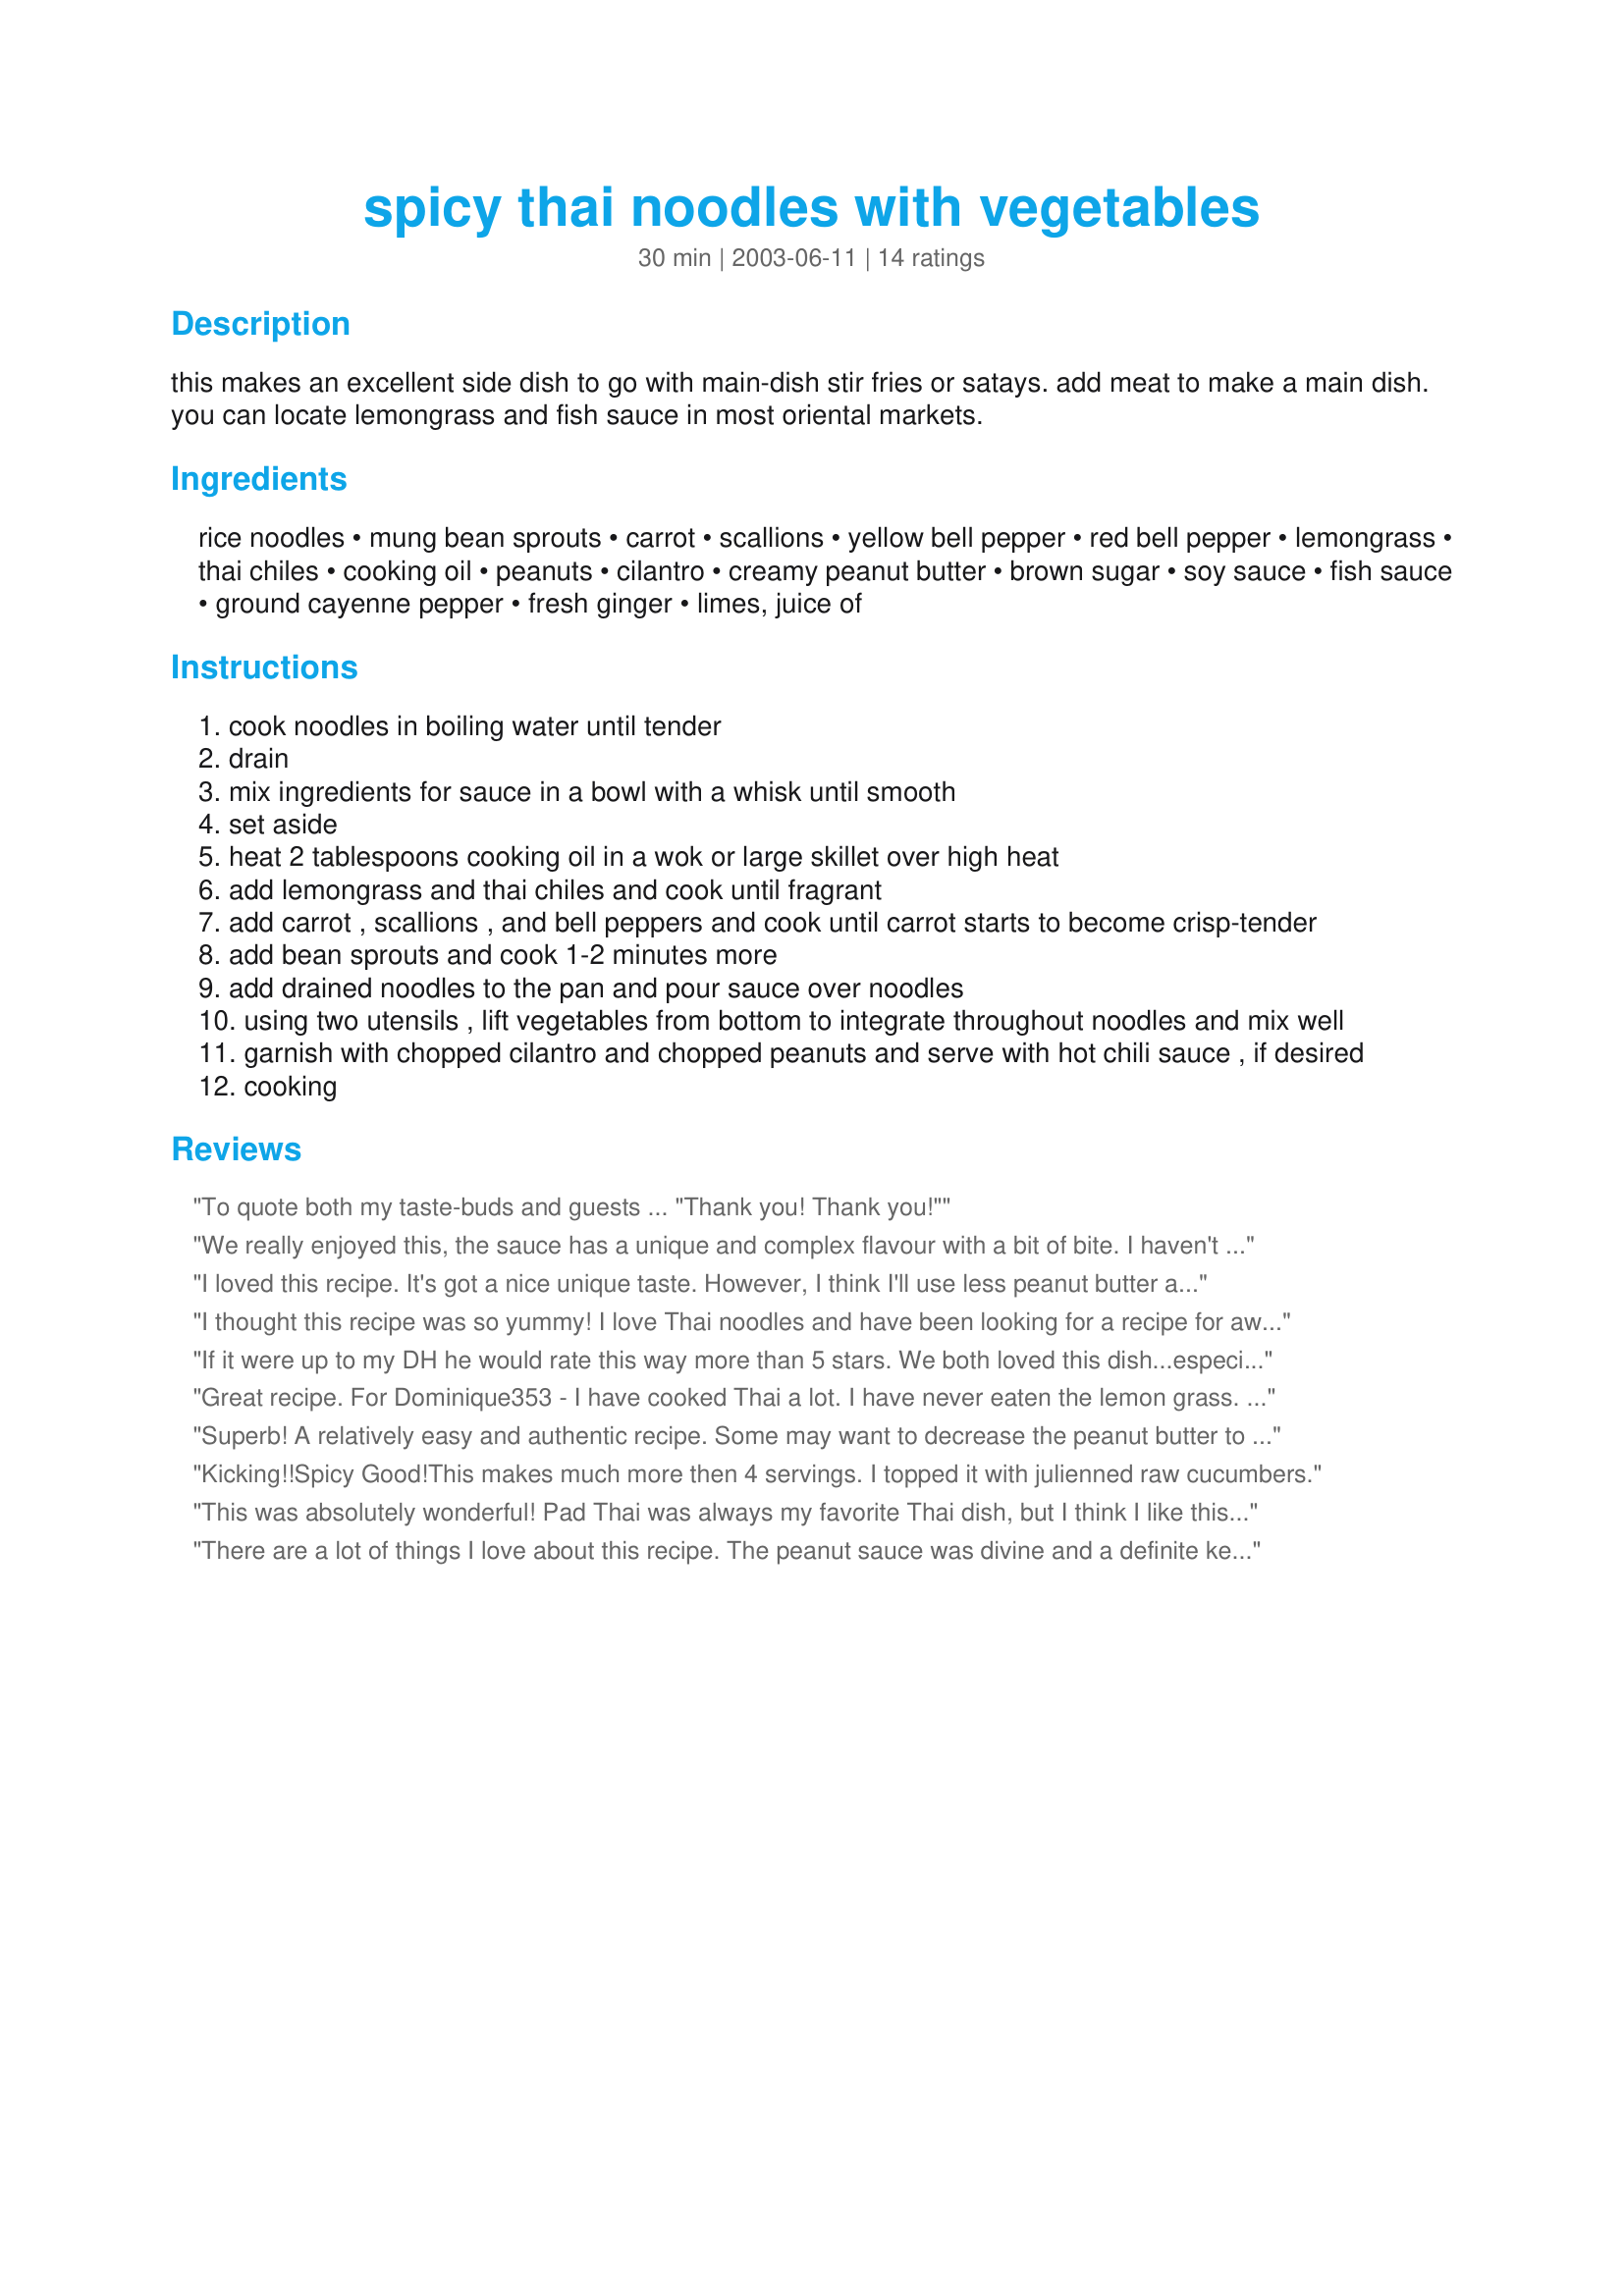
spicy thai noodles with vegetables
Preparation time: 30 minutes

this makes an excellent side dish to go with main-dish stir fries or satays. add meat to make a main dish. you can locate lemongrass and fish sauce in most oriental markets.

Ingredients:
rice noodles, mung bean sprouts, carrot, scallions, yellow bell pepper, red bell pepper, lemongrass, thai chiles, cooking oil, peanuts, cilantro, creamy peanut butter, brown sugar, soy sauce, fish sauce, ground cayenne pepper, fresh ginger, limes, juice of

Steps:
cook noodles in boiling water until tender
drain
mix ingredients for sauce in a bowl with a whisk until smooth
set aside
heat 2 tablespoons cooking oil in a wok or large skillet over high heat
add lemongrass and thai chiles and cook until fragrant
add carrot , scallions , and bell peppers and cook until carrot starts to become crisp-tender
add bean sprouts and cook 1-2 minutes more
add drained noodles to the pan and pour sauce over noodles
using two utensils , lift vegetables from bottom to integrate throughout noodles and mix well
garnish with chopped cilantro and chopped peanuts and serve with hot chili sauce , if desired
cooking

Reviews:
To quote both my taste-buds and guests ... "Thank you! Thank you!"
We really enjoyed this, the sauce has a unique and complex flavour with a bit of bite. I haven't really been exposed to Thai food and it was fun to try something so different than what I am used to. And yes, my eyebrows were raised as I was whisking the lime juice and soya sauce into the peanut butter! We used about 5 chilies because because we didn't want to make it so spicy that my son wouldn't try it. You may want to adjust the number of servings, since this recipe makes a ton, much more than 4 servings as a side dish. Good luck in the contest!
I loved this recipe. It's got a nice unique taste. However, I think I'll use less peanut butter as the other reviewers have suggested. Overall, this is a great recipe and we'll be making this again. Thanks for sharing!
I thought this recipe was so yummy! I love Thai noodles and have been looking for a recipe for awhile because I no longer live near my favorite restaurant. This matches my favorite dish almost perfectly. <br/><br/>The only thing I did differently, was instead of adding a 2/3 cup of peanut butter I added about 6 tbs of Sesame oil. Since a lot of people had problems with the peanut butter I used the Sesame oil which gives it that subtle nutty flavor that isn't too overpowering like peanut butter. Plus, sesame is a staple in a lot of Thai and Korean cooking.
If it were up to my DH he would rate this way more than 5 stars. We both loved this dish...especially the mix of colors of the vegetables, the interesting blend of salty, spicy and sweet tastes, and the variations of textures with the soft noodles, and crunchy peanuts. This is vegetarian comfort food. 
The instructions were clear, except the one which directed me to whisk the sauce ingredients together. My peanut butter must have been too cold because it just glommed up inside the whisk and refused to blend with the other ingredients. I got out my hand blender and in 10 seconds it was beautifully smooth.
I had most of the ingredients except for the Thai chilies. Since I didn't want that to stop me from making the recipe I used the only fresh chilies that I had which were jalapenos. I'm sure they were not as hot as the Thai chilies, but we enjoyed this dish anyway.
Congratulations on creating a terrific recipe that we will enjoy making for many years to come.
Great recipe. For Dominique353 - I have cooked Thai a lot. I have never eaten the lemon grass. I buy it at a foreign foods grocery store in large stalks. Cook with it and remove right before serving. Problem solved!
Superb! A relatively easy and authentic recipe. Some may want to decrease the peanut butter to keep it lighter though.
Kicking!!Spicy Good!This makes much more then 4 servings. I topped it with julienned raw cucumbers.
This was absolutely wonderful! Pad Thai was always my favorite Thai dish, but I think I like this even more now! I was really craving shrimp when I made this, but was feeling too lazy to make two different dishes, so I stir-fried some raw 21/25 shrimp with minced garlic, set it aside, then added it with the noodles at the end. It was to die for! Thanks for sharing this!!!
There are a lot of things I love about this recipe. The peanut sauce was divine and a definite keeper -- I will use it often in other dishes. The assortment of veggies was good as well, although I thought there weren't enough of them. For two people, we had tons of noodles left over but would have liked twice as much veggies for a main dish. Also, it doesn't say how thick the noodles should be. I choose a thin rice noodle, but the sauce made them clump together. Next time I will go for a wider noodle. I also might try just coating the noodles, and not the veggies, in the peanut sauce, as I found so much of the peanut sauce (good as it is) overpowering.
easy to follow and easy to make. It tasted wonderful and I have been told I have to make this regularly and make bigger portions :)
This is such an inspired recipe!! I was worried that the sauce would be too strong, but it was absolutely perfect and had an authentic Asian flavour. And it was so colourful! The Mung bean sprouts added a nice crispy touch, as did the peanuts. I used thin vermicelli - next time I will try a wider noodle (and there won't be just the one next time!). I could't get Thai chiles, so I used another type of hot red chile instead. Congratulations to the chef. This is worth far more than 5 stars.
Be conservative with the sauce; I thought it was way too rich/peanut buttery. At times it felt like I was eating peanut butter, which was not good! I recommend a) using less peanut butter in the sauce b) using the 2/3 cup peanut butter, but just adding enough sauce to give it flavor but not be overpowering. To make the batch I made more to my liking, I will probably buy more noodles to dilute it a bit.
Loved it! Used about 1/3c natural unsweetened peanut butter and was pretty good. The lemongrass was hard and tough, not sure if I did something wrong since I've never used it in anything before. Just the right amount of spiciness with 1/4 tsp of crushed chilis in the sauce and a sliced serrano pepper in the pan. This is something I would definitely make again, maybe with a bit of coconut milk and some shrimp! MMMMmmmm.....
